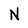
Character: N